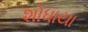
શોધાયા